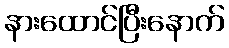
နားထောင်ပြီးနောက်